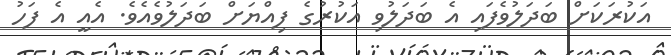
އަކުރަކަށް ބަދަލުވެފައި އެ ބަދަލުވި އަކުރުގެ ފިއްޔަށް ބަދަލުވެއެވެ. އެއީ އެ ފަހު